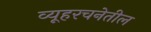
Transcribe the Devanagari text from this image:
व्यूहरचनेतील